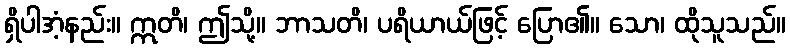
ရှိပါအံ့နည်း။ ဣတိ၊ ဤသို့။ ဘာသတိ၊ ပရိယာယ်ဖြင့် ပြော၏။ သော၊ ထိုသူသည်။